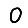
Digit: 0